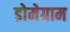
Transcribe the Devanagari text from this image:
डोमेग्राम